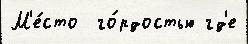
М'е́сто  го́рдостью гд'е